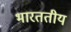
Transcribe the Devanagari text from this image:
भारततीय